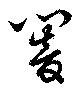
闇